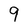
Character: 9